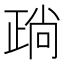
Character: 𣦎